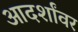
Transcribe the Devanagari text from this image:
आदर्शांवर